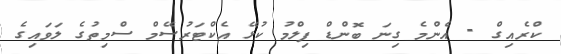
ކްރެއިގް - އެންމެ ގިނަ ބޮންޑް ފިލްމު ކުޅޭ އެކްޓަރުސޭމް ސްމިތުގެ ލަވައިގެ